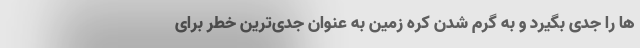
ها را جدی بگیرد و به گرم شدن کره زمین به عنوان جدی‌ترین خطر برای